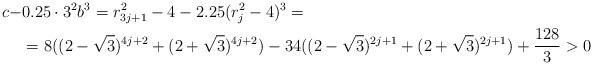
LaTeX: \begin{align*}c-&0.25\cdot3^2b^3=r_{3j+1}^2-4-2.25(r_j^2-4)^3=\\ &=8((2-\sqrt{3})^{4j+2}+(2+\sqrt{3})^{4j+2})-34((2-\sqrt{3})^{2j+1}+(2+\sqrt{3})^{2j+1})+\frac{128}{3}>0\end{align*}